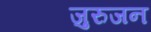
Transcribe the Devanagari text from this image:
जुरुजन